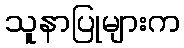
သူနာပြုများက